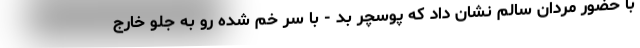
با حضور مردان سالم نشان داد که پوسچر بد - با سر خم شده رو به جلو خارج